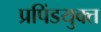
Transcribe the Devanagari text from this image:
प्रपिंडयुक्त